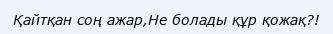
Қайтқан соң ажар,Не болады құр қожақ?!